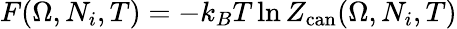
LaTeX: F(\Omega,N_{i},T)=-k_{B}T\ln Z_{\mathrm{can}}(\Omega,N_{i},T)